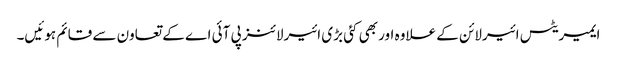
ایمیریٹس ائیرلائن کے علاوہ اور بھی کئی بڑی ائیرلائنز پی آئی اے کے تعاون سے قائم ہوئیں۔